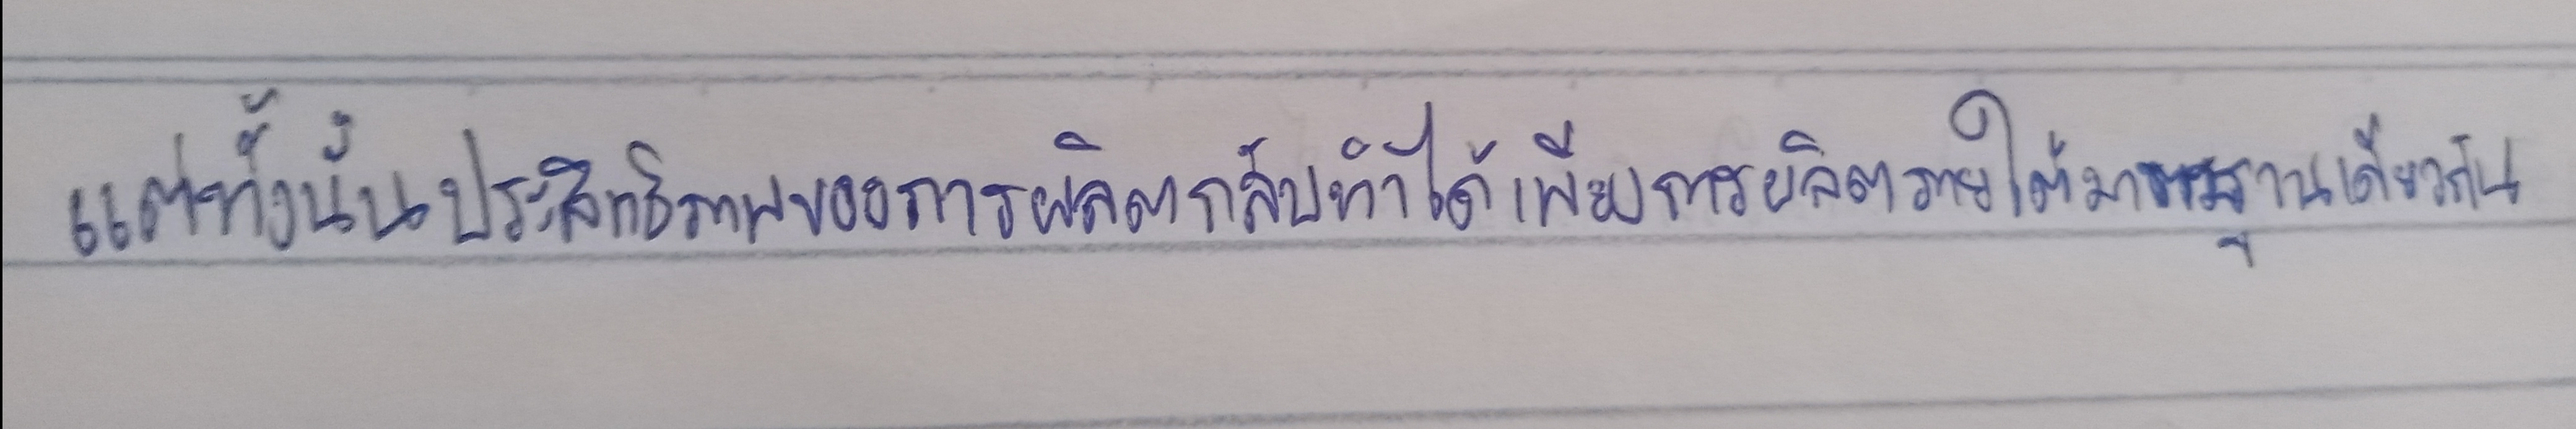
แต่ทั้งนี้ทั้งนั้นประสิทธิภาพของการผลิตกลับทำได้เพียงการผลิตภายใต้มาตรฐานเดียวกัน